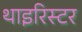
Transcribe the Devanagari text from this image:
थाइरिस्टर